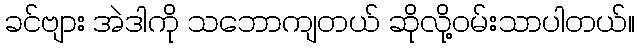
ခင်ဗျား အဲဒါကို သဘောကျတယ် ဆိုလို့ဝမ်းသာပါတယ်။